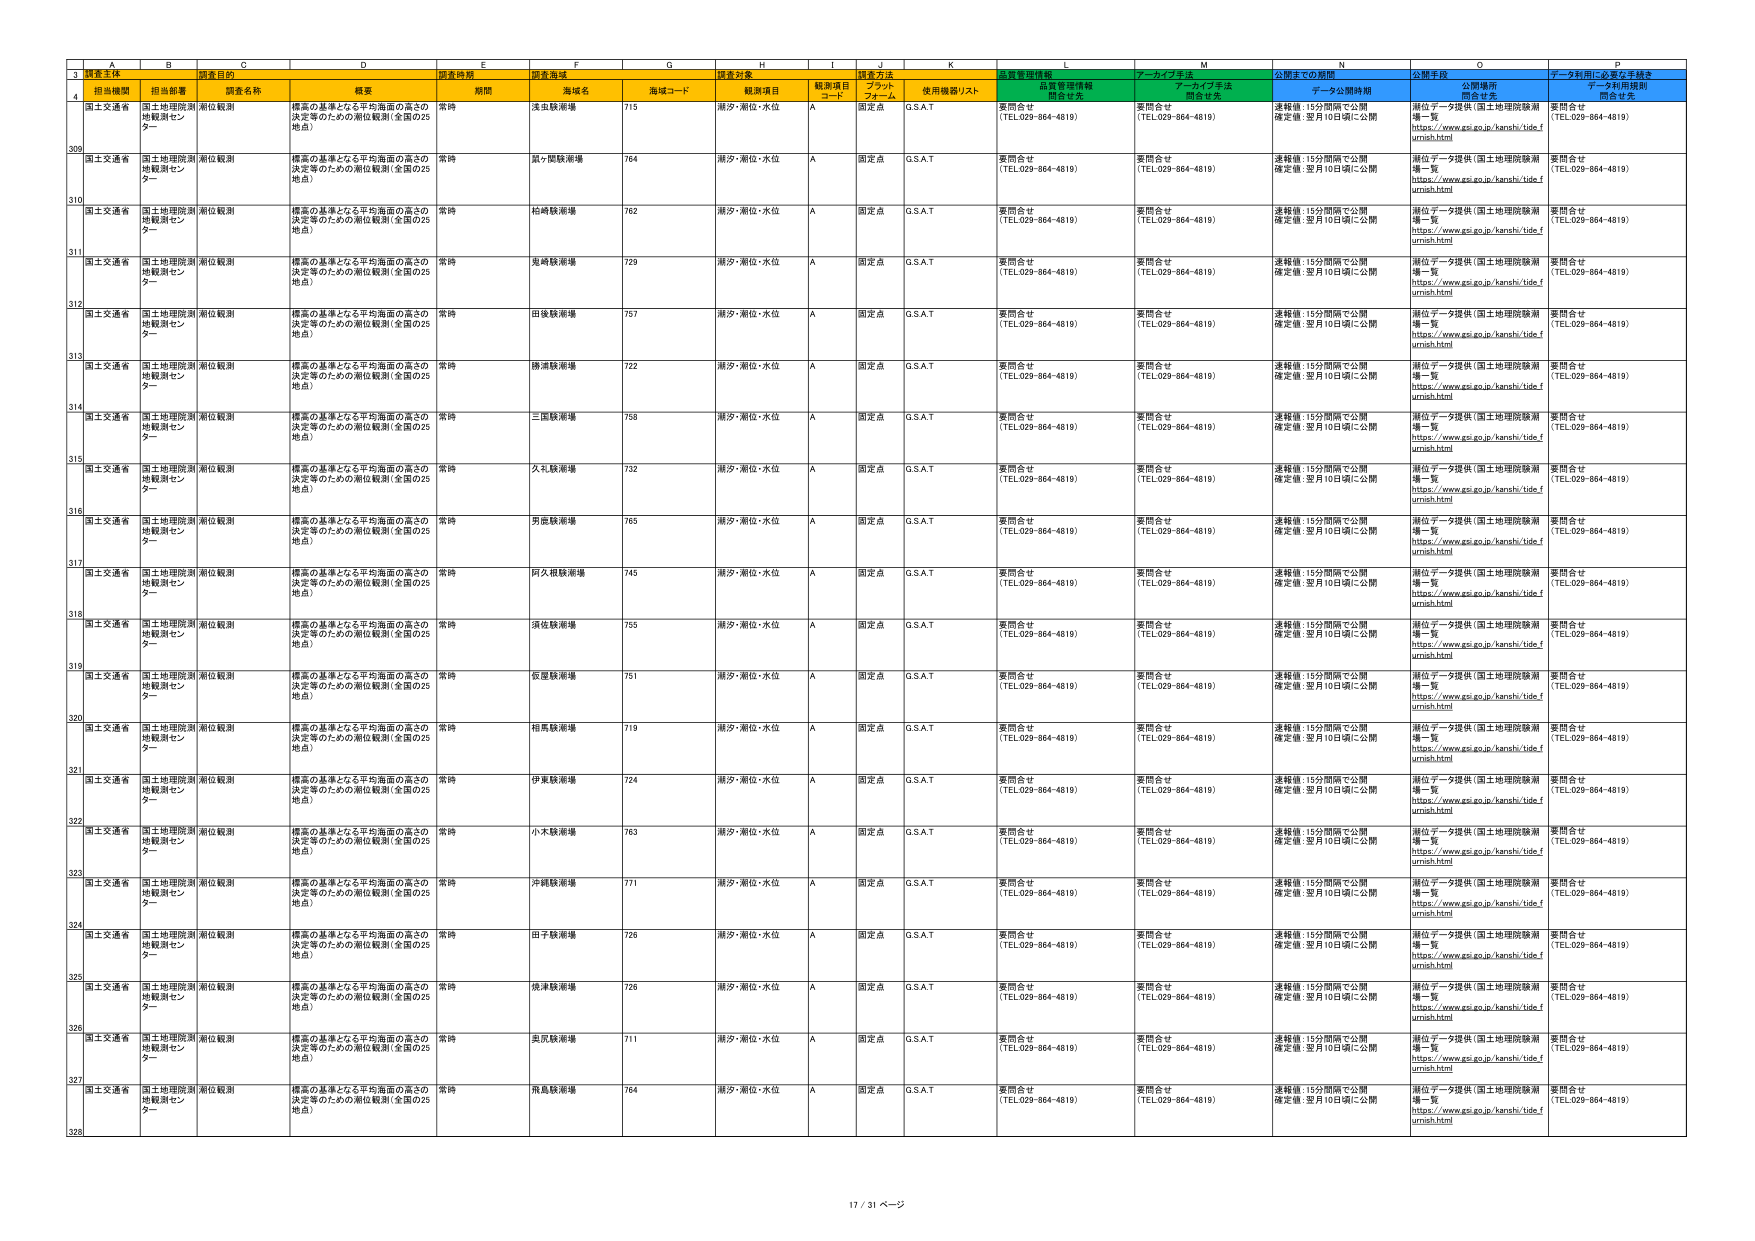
3 調査主体 調査目的 調査時期 調査海域 調査対象 調査方法 質量管理情報 アーカイブ手法 公開までの期間 公開手段 データ利用に必要な手続き
4 担当機関 担当部署 調査名称 概要 期間 海域名 海域コード 観測項目 観測項目 コード プラット フォーム 使用機器リスト 品質管理情報 問合せ先 アーカイブ手法 問合せ先 データ公開時期 問合せ先 公開場所 問合せ先 データ利用規則 問合せ先
309 国土交通省 国土地理院測 地観測センター 潮位観測 標高の基準となる平均海面の高さの 決定等のための潮位観測（全国の25 地点） 常時 浅虫観測場 715 潮汐・潮位・水位 A 固定点 G.S.A.T 要問合せ （TEL.029-864-4819） 要問合せ （TEL.029-864-4819） 速報値：15分間隔で公開 確定値：翌月10日頃に公開 潮位データ提供（国土地理院観測 場一覧 https://www.gsi.go.jp/kanshi/ide_f urnish.html 要問合せ （TEL.029-864-4819）
310 国土交通省 国土地理院測 地観測センター 潮位観測 標高の基準となる平均海面の高さの 決定等のための潮位観測（全国の25 地点） 常時 鼠ヶ関観測場 764 潮汐・潮位・水位 A 固定点 G.S.A.T 要問合せ （TEL.029-864-4819） 要問合せ （TEL.029-864-4819） 速報値：15分間隔で公開 確定値：翌月10日頃に公開 潮位データ提供（国土地理院観測 場一覧 https://www.gsi.go.jp/kanshi/ide_f urnish.html 要問合せ （TEL.029-864-4819）
311 国土交通省 国土地理院測 地観測センター 潮位観測 標高の基準となる平均海面の高さの 決定等のための潮位観測（全国の25 地点） 常時 柏崎観測場 762 潮汐・潮位・水位 A 固定点 G.S.A.T 要問合せ （TEL.029-864-4819） 要問合せ （TEL.029-864-4819） 速報値：15分間隔で公開 確定値：翌月10日頃に公開 潮位データ提供（国土地理院観測 場一覧 https://www.gsi.go.jp/kanshi/ide_f urnish.html 要問合せ （TEL.029-864-4819）
312 国土交通省 国土地理院測 地観測センター 潮位観測 標高の基準となる平均海面の高さの 決定等のための潮位観測（全国の25 地点） 常時 鬼崎観測場 729 潮汐・潮位・水位 A 固定点 G.S.A.T 要問合せ （TEL.029-864-4819） 要問合せ （TEL.029-864-4819） 速報値：15分間隔で公開 確定値：翌月10日頃に公開 潮位データ提供（国土地理院観測 場一覧 https://www.gsi.go.jp/kanshi/ide_f urnish.html 要問合せ （TEL.029-864-4819）
313 国土交通省 国土地理院測 地観測センター 潮位観測 標高の基準となる平均海面の高さの 決定等のための潮位観測（全国の25 地点） 常時 田後観測場 757 潮汐・潮位・水位 A 固定点 G.S.A.T 要問合せ （TEL.029-864-4819） 要問合せ （TEL.029-864-4819） 速報値：15分間隔で公開 確定値：翌月10日頃に公開 潮位データ提供（国土地理院観測 場一覧 https://www.gsi.go.jp/kanshi/ide_f urnish.html 要問合せ （TEL.029-864-4819）
314 国土交通省 国土地理院測 地観測センター 潮位観測 標高の基準となる平均海面の高さの 決定等のための潮位観測（全国の25 地点） 常時 勝浦観測場 722 潮汐・潮位・水位 A 固定点 G.S.A.T 要問合せ （TEL.029-864-4819） 要問合せ （TEL.029-864-4819） 速報値：15分間隔で公開 確定値：翌月10日頃に公開 潮位データ提供（国土地理院観測 場一覧 https://www.gsi.go.jp/kanshi/ide_f urnish.html 要問合せ （TEL.029-864-4819）
315 国土交通省 国土地理院測 地観測センター 潮位観測 標高の基準となる平均海面の高さの 決定等のための潮位観測（全国の25 地点） 常時 三瓶観測場 758 潮汐・潮位・水位 A 固定点 G.S.A.T 要問合せ （TEL.029-864-4819） 要問合せ （TEL.029-864-4819） 速報値：15分間隔で公開 確定値：翌月10日頃に公開 潮位データ提供（国土地理院観測 場一覧 https://www.gsi.go.jp/kanshi/ide_f urnish.html 要問合せ （TEL.029-864-4819）
316 国土交通省 国土地理院測 地観測センター 潮位観測 標高の基準となる平均海面の高さの 決定等のための潮位観測（全国の25 地点） 常時 久礼観測場 732 潮汐・潮位・水位 A 固定点 G.S.A.T 要問合せ （TEL.029-864-4819） 要問合せ （TEL.029-864-4819） 速報値：15分間隔で公開 確定値：翌月10日頃に公開 潮位データ提供（国土地理院観測 場一覧 https://www.gsi.go.jp/kanshi/ide_f urnish.html 要問合せ （TEL.029-864-4819）
317 国土交通省 国土地理院測 地観測センター 潮位観測 標高の基準となる平均海面の高さの 決定等のための潮位観測（全国の25 地点） 常時 男鹿観測場 765 潮汐・潮位・水位 A 固定点 G.S.A.T 要問合せ （TEL.029-864-4819） 要問合せ （TEL.029-864-4819） 速報値：15分間隔で公開 確定値：翌月10日頃に公開 潮位データ提供（国土地理院観測 場一覧 https://www.gsi.go.jp/kanshi/ide_f urnish.html 要問合せ （TEL.029-864-4819）
318 国土交通省 国土地理院測 地観測センター 潮位観測 標高の基準となる平均海面の高さの 決定等のための潮位観測（全国の25 地点） 常時 阿久根観測場 745 潮汐・潮位・水位 A 固定点 G.S.A.T 要問合せ （TEL.029-864-4819） 要問合せ （TEL.029-864-4819） 速報値：15分間隔で公開 確定値：翌月10日頃に公開 潮位データ提供（国土地理院観測 場一覧 https://www.gsi.go.jp/kanshi/ide_f urnish.html 要問合せ （TEL.029-864-4819）
319 国土交通省 国土地理院測 地観測センター 潮位観測 標高の基準となる平均海面の高さの 決定等のための潮位観測（全国の25 地点） 常時 濱佐観測場 755 潮汐・潮位・水位 A 固定点 G.S.A.T 要問合せ （TEL.029-864-4819） 要問合せ （TEL.029-864-4819） 速報値：15分間隔で公開 確定値：翌月10日頃に公開 潮位データ提供（国土地理院観測 場一覧 https://www.gsi.go.jp/kanshi/ide_f urnish.html 要問合せ （TEL.029-864-4819）
320 国土交通省 国土地理院測 地観測センター 潮位観測 標高の基準となる平均海面の高さの 決定等のための潮位観測（全国の25 地点） 常時 佐屋観測場 751 潮汐・潮位・水位 A 固定点 G.S.A.T 要問合せ （TEL.029-864-4819） 要問合せ （TEL.029-864-4819） 速報値：15分間隔で公開 確定値：翌月10日頃に公開 潮位データ提供（国土地理院観測 場一覧 https://www.gsi.go.jp/kanshi/ide_f urnish.html 要問合せ （TEL.029-864-4819）
321 国土交通省 国土地理院測 地観測センター 潮位観測 標高の基準となる平均海面の高さの 決定等のための潮位観測（全国の25 地点） 常時 相馬観測場 719 潮汐・潮位・水位 A 固定点 G.S.A.T 要問合せ （TEL.029-864-4819） 要問合せ （TEL.029-864-4819） 速報値：15分間隔で公開 確定値：翌月10日頃に公開 潮位データ提供（国土地理院観測 場一覧 https://www.gsi.go.jp/kanshi/ide_f urnish.html 要問合せ （TEL.029-864-4819）
322 国土交通省 国土地理院測 地観測センター 潮位観測 標高の基準となる平均海面の高さの 決定等のための潮位観測（全国の25 地点） 常時 伊東観測場 724 潮汐・潮位・水位 A 固定点 G.S.A.T 要問合せ （TEL.029-864-4819） 要問合せ （TEL.029-864-4819） 速報値：15分間隔で公開 確定値：翌月10日頃に公開 潮位データ提供（国土地理院観測 場一覧 https://www.gsi.go.jp/kanshi/ide_f urnish.html 要問合せ （TEL.029-864-4819）
323 国土交通省 国土地理院測 地観測センター 潮位観測 標高の基準となる平均海面の高さの 決定等のための潮位観測（全国の25 地点） 常時 小木観測場 763 潮汐・潮位・水位 A 固定点 G.S.A.T 要問合せ （TEL.029-864-4819） 要問合せ （TEL.029-864-4819） 速報値：15分間隔で公開 確定値：翌月10日頃に公開 潮位データ提供（国土地理院観測 場一覧 https://www.gsi.go.jp/kanshi/ide_f urnish.html 要問合せ （TEL.029-864-4819）
324 国土交通省 国土地理院測 地観測センター 潮位観測 標高の基準となる平均海面の高さの 決定等のための潮位観測（全国の25 地点） 常時 沖縄観測場 771 潮汐・潮位・水位 A 固定点 G.S.A.T 要問合せ （TEL.029-864-4819） 要問合せ （TEL.029-864-4819） 速報値：15分間隔で公開 確定値：翌月10日頃に公開 潮位データ提供（国土地理院観測 場一覧 https://www.gsi.go.jp/kanshi/ide_f urnish.html 要問合せ （TEL.029-864-4819）
325 国土交通省 国土地理院測 地観測センター 潮位観測 標高の基準となる平均海面の高さの 決定等のための潮位観測（全国の25 地点） 常時 田子観測場 726 潮汐・潮位・水位 A 固定点 G.S.A.T 要問合せ （TEL.029-864-4819） 要問合せ （TEL.029-864-4819） 速報値：15分間隔で公開 確定値：翌月10日頃に公開 潮位データ提供（国土地理院観測 場一覧 https://www.gsi.go.jp/kanshi/ide_f urnish.html 要問合せ （TEL.029-864-4819）
326 国土交通省 国土地理院測 地観測センター 潮位観測 標高の基準となる平均海面の高さの 決定等のための潮位観測（全国の25 地点） 常時 焼津観測場 728 潮汐・潮位・水位 A 固定点 G.S.A.T 要問合せ （TEL.029-864-4819） 要問合せ （TEL.029-864-4819） 速報値：15分間隔で公開 確定値：翌月10日頃に公開 潮位データ提供（国土地理院観測 場一覧 https://www.gsi.go.jp/kanshi/ide_f urnish.html 要問合せ （TEL.029-864-4819）
327 国土交通省 国土地理院測 地観測センター 潮位観測 標高の基準となる平均海面の高さの 決定等のための潮位観測（全国の25 地点） 常時 美原観測場 711 潮汐・潮位・水位 A 固定点 G.S.A.T 要問合せ （TEL.029-864-4819） 要問合せ （TEL.029-864-4819） 速報値：15分間隔で公開 確定値：翌月10日頃に公開 潮位データ提供（国土地理院観測 場一覧 https://www.gsi.go.jp/kanshi/ide_f urnish.html 要問合せ （TEL.029-864-4819）
328 国土交通省 国土地理院測 地観測センター 潮位観測 標高の基準となる平均海面の高さの 決定等のための潮位観測（全国の25 地点） 常時 飛鳥観測場 764 潮汐・潮位・水位 A 固定点 G.S.A.T 要問合せ （TEL.029-864-4819） 要問合せ （TEL.029-864-4819） 速報値：15分間隔で公開 確定値：翌月10日頃に公開 潮位データ提供（国土地理院観測 場一覧 https://www.gsi.go.jp/kanshi/ide_f urnish.html 要問合せ （TEL.029-864-4819）
17 / 31 ページ